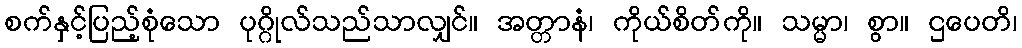
စက်နှင့်ပြည့်စုံသော ပုဂ္ဂိုလ်သည်သာလျှင်။ အတ္တာနံ၊ ကိုယ်စိတ်ကို။ သမ္မာ၊ စွာ။ ဌပေတိ၊